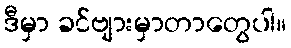
ဒီမှာ ခင်ဗျားမှာတာတွေပါ။